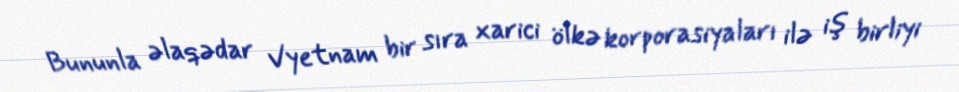
Bununla əlaqədar Vyetnam bir sıra xarici ölkə korporasiyaları ilə iş birliyi